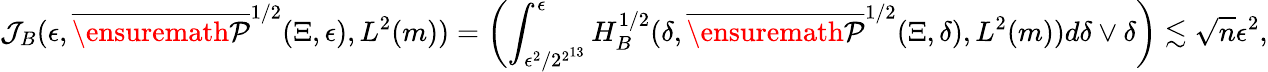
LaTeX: \mathcal{J}_{B}(\epsilon,\overline{{\ensuremath{\mathcal{P}}}}^{1/2}(\Xi,\epsilon),L^{2}(m))=\left(\int_{\epsilon^{2}/2^{2^{13}}}^{\epsilon}H_{B}^{1/2}(\delta,\overline{{\ensuremath{\mathcal{P}}}}^{1/2}(\Xi,\delta),L^{2}(m))d\delta\vee\delta\right)\lesssim\sqrt{n}\epsilon^{2},